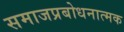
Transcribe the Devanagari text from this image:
समाजप्रबोधनात्मक